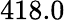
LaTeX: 418.0